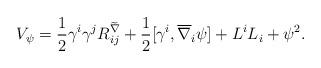
LaTeX: \begin{align*} V_{\psi}=\frac{1}{2}\gamma^i\gamma^jR_{ij}^{\widetilde{\nabla}}+ \frac{1}{2}[\gamma^i,\overline{\nabla}_{i}\psi]+L^iL_i +\psi^2. \end{align*}